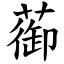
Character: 蓹